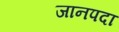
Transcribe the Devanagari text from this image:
जानपदा